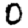
Digit: 0